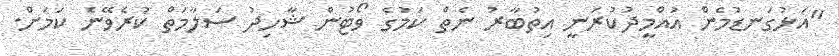
"އަޅުގަނޑުމެން އުއްމީދުކުރަނީ އިތުބާރު ނެތް ކަމުގެ ވޯޓުން ޝާހިދު ސަލާމަތް ކުރެވޭނެ ކަމަށް.